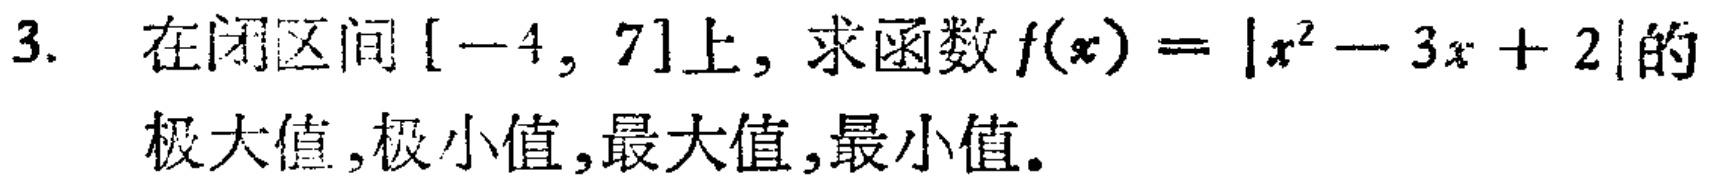
3. 在闭区间$[-4,7]$上，求函数$f(x)=|x^{2}-3x + 2|$的极大值,极小值,最大值,最小值。